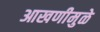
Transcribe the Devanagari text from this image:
आखणीमुळे